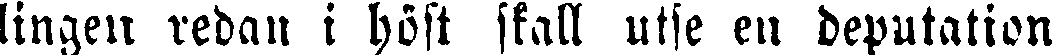
lingen redan i höst skall utse en deputation